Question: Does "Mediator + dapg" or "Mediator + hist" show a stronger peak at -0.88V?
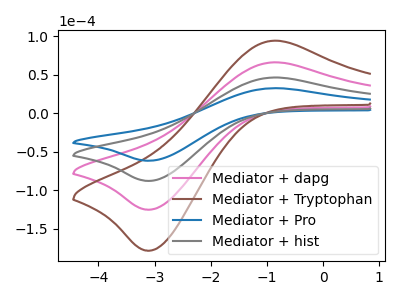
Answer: <think>The pink curve "Mediator + dapg" has an anodic peak at (-0.90V, 92.75uA) and a cathodic peak at (-3.05V, -175.70uA). The brown curve "Mediator + Tryptophan" has an anodic peak at (-0.90V, 139.15uA) and a cathodic peak at (-3.05V, -263.55uA). The blue curve "Mediator + Pro" has an anodic peak at (-0.90V, 32.55uA) and a cathodic peak at (-3.05V, -61.65uA). The gray curve "Mediator + hist" has an anodic peak at (-0.90V, 46.40uA) and a cathodic peak at (-3.05V, -87.85uA).</think>
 <answer>The peak at -0.88V is higher in "Mediator + dapg" than in "Mediator + hist".</answer>
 <eval>higher</eval>